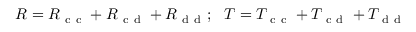
R = R _ { \mathrm { ~ c ~ c ~ } } + R _ { \mathrm { ~ c ~ d ~ } } + R _ { \mathrm { ~ d ~ d ~ } } ; \, \, \, \, T = T _ { \mathrm { ~ c ~ c ~ } } + T _ { \mathrm { ~ c ~ d ~ } } + T _ { \mathrm { ~ d ~ d ~ } }